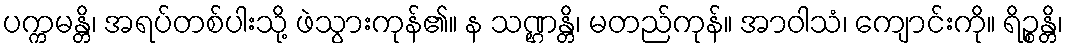
ပက္ကမန္တိ၊ အရပ်တစ်ပါးသို့ ဖဲသွားကုန်၏။ န သဏ္ဌန္တိ၊ မတည်ကုန်။ အာဝါသံ၊ ကျောင်းကို။ ရိဉ္စန္တိ၊